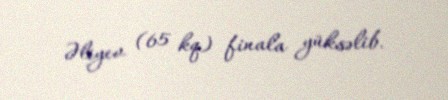
Əliyev (65 kq) finala yüksəlib.